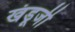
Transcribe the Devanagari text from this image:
खंडूजी